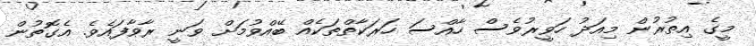
މީގެ އިތުރުން މިއަދު ހަވީރުވެސް ހާއްސަ ހަރަކާާތްތަކެއް ބޭއްވުމަށް ވަނީ ރާވާފައެވެ. އެގޮތުން